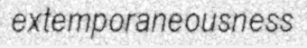
extemporaneousness